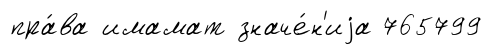
пра́ва имамат значе́н'иjа 765799